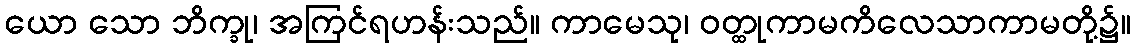
ယော သော ဘိက္ခု၊ အကြင်ရဟန်းသည်။ ကာမေသု၊ ဝတ္ထုကာမကိလေသာကာမတို့၌။